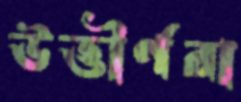
উত্তীর্ণরা